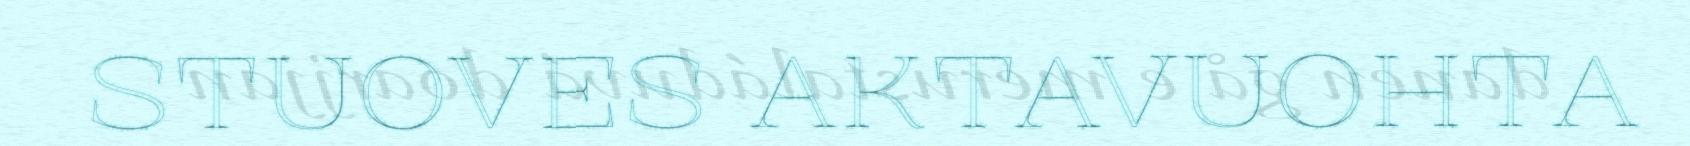
STUOVES AKTAVUOHTA